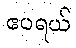
ဧပရယ်